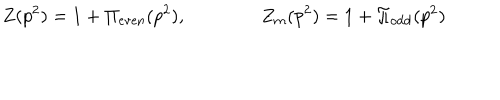
LaTeX: Z ( p ^ { 2 } ) = 1 + \Pi _ { \mathrm { e v e n } } ( p ^ { 2 } ) , \qquad \qquad Z _ { m } ( p ^ { 2 } ) = 1 + \Pi _ { \mathrm { o d d } } ( p ^ { 2 } )